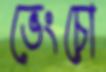
ভেংচো